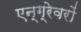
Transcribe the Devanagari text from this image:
एन्ग्रेवरों